Vaccination in Bombay 1889-1901 - 1889-1901
Year: 1889
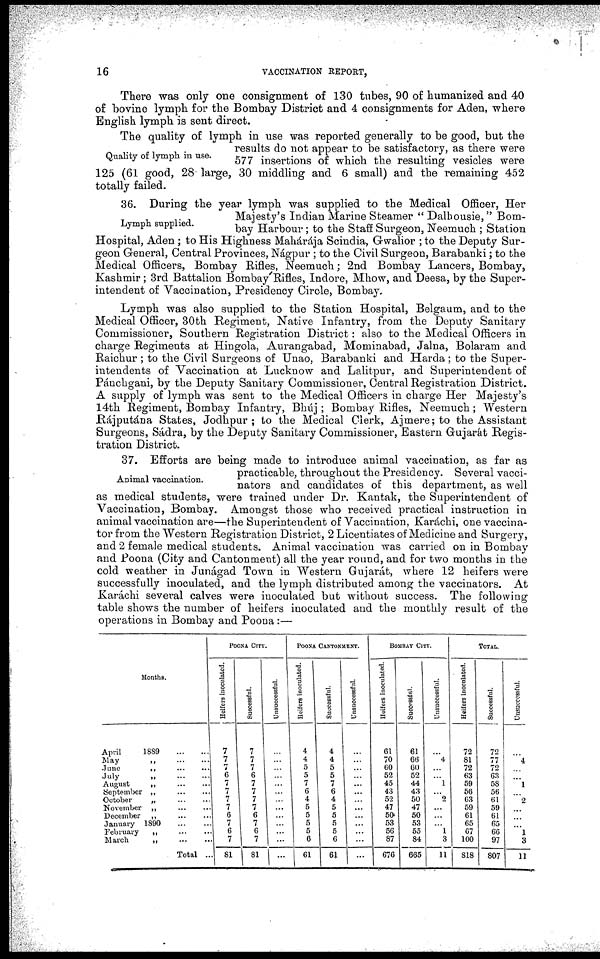
16
VACCINATION REPORT,
There was only one consignment of 130 tubes, 90 of humanized and 40
of bovine lymph for the Bombay District and 4 consignments for Aden, where
English lymph is sent direct.
Quality of lymph in use.
The quality of lymph in use was reported generally to be good, but the
results do not appear to be satisfactory, as there were
577 insertions of which the resulting vesicles were
125 (61 good, 28 large, 30 middling and 6 small) and the remaining 452
totally failed.
Lymph supplied.
36. During the year lymph was supplied to the Medical Officer, Her
Majesty's Indian Marine Steamer " Dalhousie," Bom-
bay Harbour; to the Staff Surgeon, Neemuch ; Station
Hospital, Aden; to His Highness Mahárajá Scindia, Gwalior ; to the Deputy Sur-
geon General, Central Provinces, Nágpur ; to the Civil Surgeon, Barabanki; to the
Medical Officers, Bombay Rifles, Neemuch; 2nd Bombay Lancers, Bombay,
Kashmir; 3rd Battalion Bombay Rifles, Indore, Mhow, and Deesa, by the Super-
intendent of Vaccination, Presidency Circle, Bombay.
Lymph was also supplied to the Station Hospital, Belgaum, and to the
Medical Officer, 30th Regiment, Native Infantry, from the Deputy Sanitary
Commissioner, Southern Registration District: also to the Medical Officers in
charge Regiments at Hingola, Aurangabad, Mominabad, Jalna, Bolaram and
Raichur ; to the Civil Surgeons of Unao, Barabanki and Harda; to the Super-
intendents of Vaccination at Lucknow and Lalitpur, and Superintendent of
Pánchgani, by the Deputy Sanitary Commissioner, Central Registration District.
A supply of lymph was sent to the Medical Officers in charge Her Majesty's
14th Regiment, Bombay Infantry, Bhúj; Bombay Rifles, Neemuch; Western
Rájputána States, Jodhpur ; to the Medical Clerk, Ajmere; to the Assistant
Surgeons, Sádra, by the Deputy Sanitary Commissioner, Eastern Gujarát Regis-
tration District.
Animal vaccination.
37. Efforts are being made to introduce animal vaccination, as far as
practicable, throughout the Presidency. Several vacci-
nators and candidates of this department, as well
as medical students, were trained under Dr. Kantak, the Superintendent of
Vaccination, Bombay. Amongst those who received practical instruction in
animal vaccination are—the Superintendent of Vaccination, Karáchi, one vaccina-
tor from the Western Registration District, 2 Licentiates of Medicine and Surgery,
and 2 female medical students. Animal vaccination was carried on in Bombay
and Poona (City and Cantonment) all the year round, and for two months in the
cold weather in Junágad Town in Western Gujarát, where 12 heifers were
successfully inoculated, and the lymph distributed among the vaccinators. At
Karáchi several calves were inoculated but without success. The following
table shows the number of heifers inoculated and the monthly result of the
operations in Bombay and Poona :—
Months.
April
1889
...
...
May
„
...
...
June
„
...
...
July
„
...
...
August
„
...
...
September „ ... ...
October
„
...
...
November „ ... ...
December
„
...
...
January 1890
...
...
February
„
...
...
March
„
...
...
Total ...
POONA CITY.
Heifers inoculated.
7
7
7
6
7
7
7
7
6
7
6
7
81
Successful.
7
7
7
6
7
7
7
7
6
7
6
7 81
Unsuccessful.
...
...
...
...
...
...
... ... ...
...
...
...
...
POONA CANTONMENT.
Heifers inoculated.
4
4
5
5
7
6
4
5
5
5
5
6
61
Successful.
4
4
5
5
7
6
4
5
5
5
5
6
61
Unsuccessful.
...
...
...
...
...
...
...
...
...
...
...
...
...
BOMBAY CITY.
Heifers inoculated.
61
70
60
52
45
43
52
47
50
53
56
87
676
Successful.
61
66
60
52
44
43
50
47
50
53
55
84
665
Unsuccessful.
...
4
...
...
1
...
2
...
...
...
1
3
11
TOTAL.
Heifers inoculated.
72
81
72
63
59
56
63
59
61
65
67
100
818
Successful.
72
77
72
63
58
56
61
59
61
65
66
97
807
Unsuccessful.
...
4
...
...
1
...
2
...
...
...
1
3
11